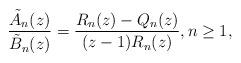
LaTeX: \begin{align*} \frac{\tilde{A}_{n}(z)}{\tilde{B}_{n}(z)} = \frac{R_n(z) - Q_n(z)}{(z-1) R_n(z)}, n \geq 1,\end{align*}